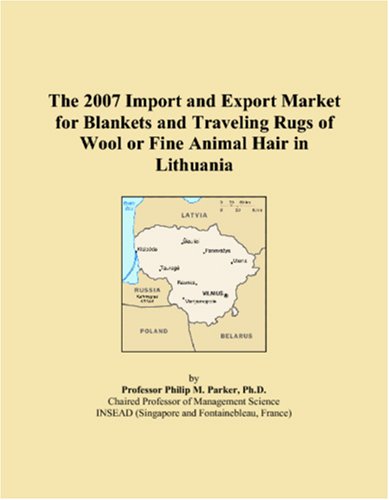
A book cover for The 2007 Import and Export Market for Blankets and Traveling Rugs of Wool or Fine Animal Hair in Lithuania; Parker, Philip M.; Travel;